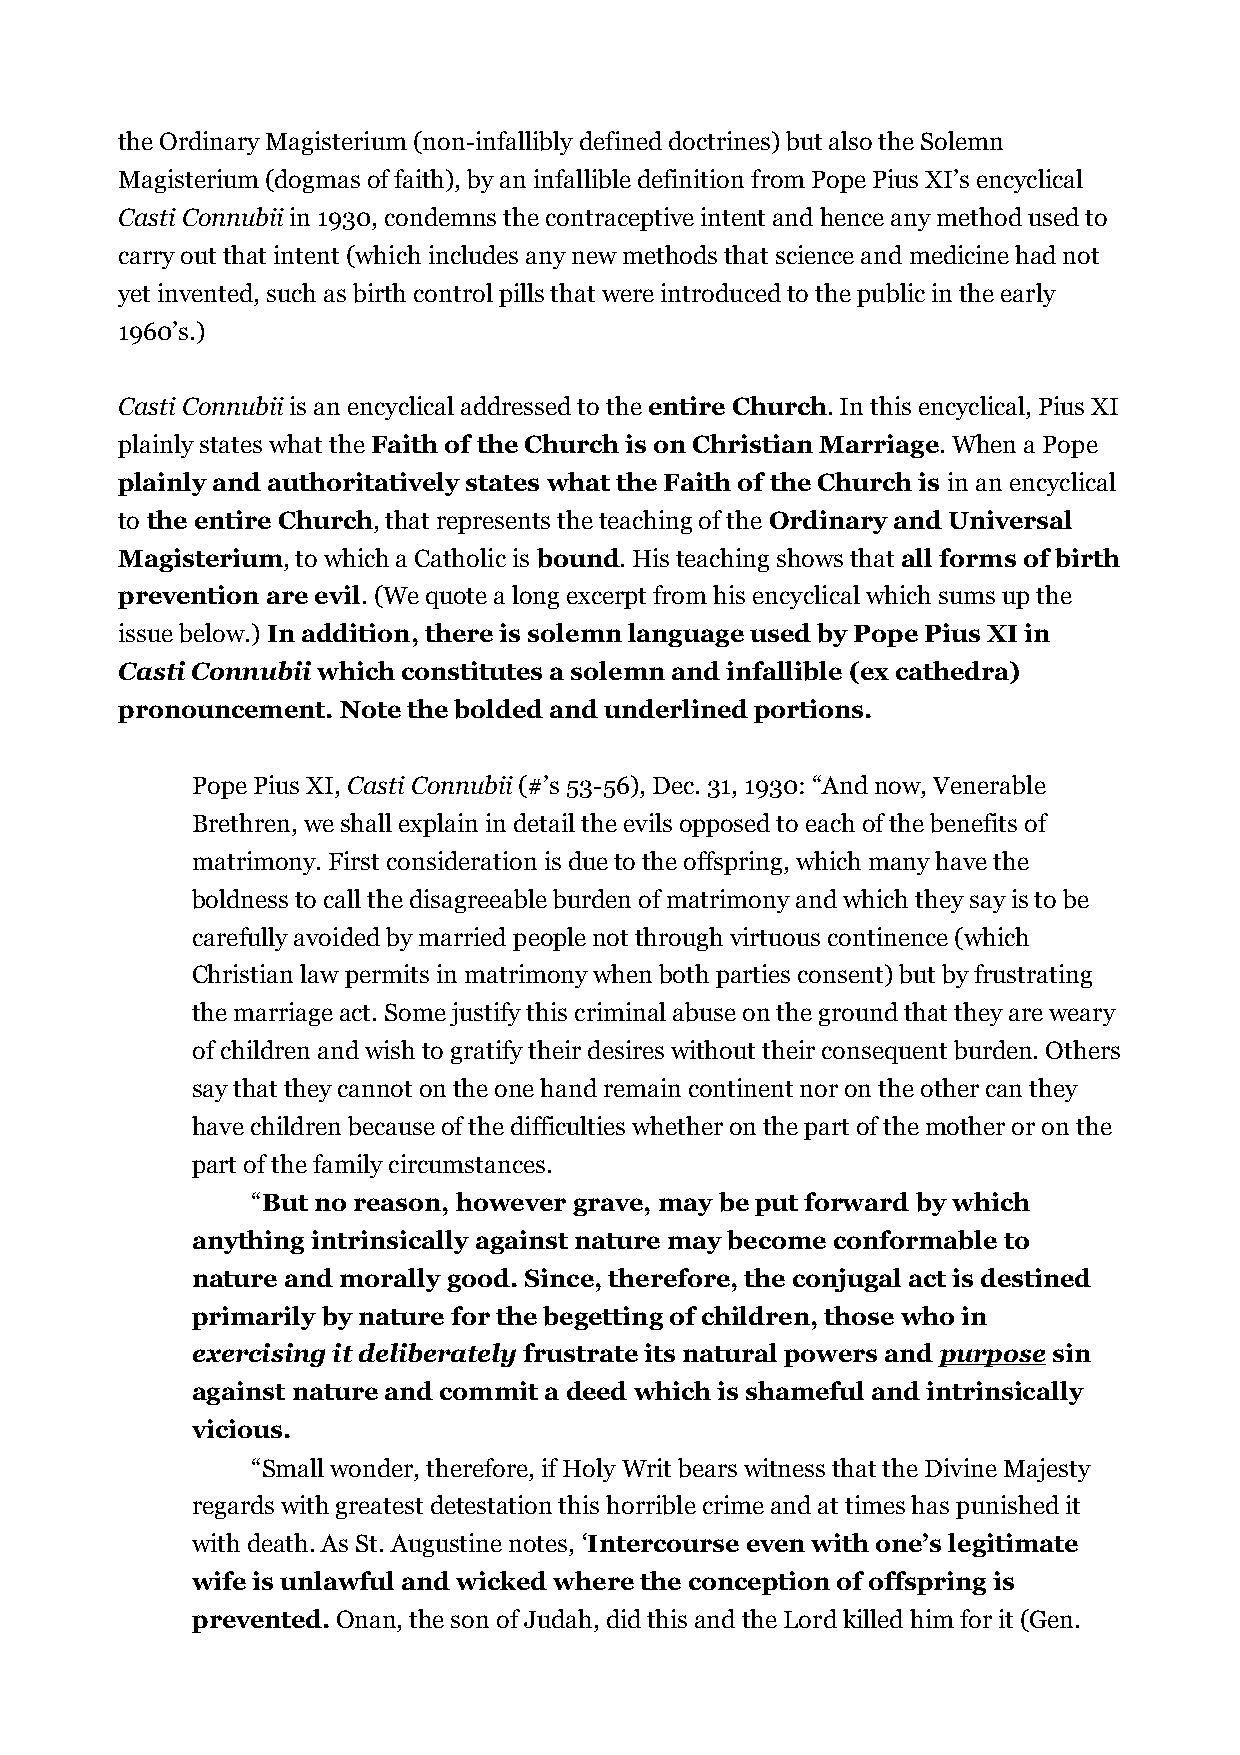
the Ordinary Magisterium (non-infallibly defined doctrines) but also the Solemn
 Magisterium (dogmas of faith), by an infallible definition from Pope Pius XI’s encyclical
 Casti Connubii in 1930, condemns the contraceptive intent and hence any method used to
 carry out that intent (which includes any new methods that science and medicine had not
 yet invented, such as birth control pills that were introduced to the public in the early
 1960’s.)
 Casti Connubii is an encyclical addressed to the entire Church. In this encyclical, Pius XI
 plainly states what the Faith of the Church is on Christian Marriage. When a Pope
 plainly and authoritatively states what the Faith of the Church is in an encyclical
 to the entire Church, that represents the teaching of the Ordinary and Universal
 Magisterium, to which a Catholic is bound. His teaching shows that all forms of birth
 prevention are evil. (We quote a long excerpt from his encyclical which sums up the
 issue below.) In addition, there is solemn language used by Pope Pius XI in
 Casti Connubii which constitutes a solemn and infallible (ex cathedra)
 pronouncement. Note the bolded and underlined portions.
 Pope Pius XI, Casti Connubii (#’s 53-56), Dec. 31, 1930: “And now, Venerable
 Brethren, we shall explain in detail the evils opposed to each of the benefits of
 matrimony. First consideration is due to the offspring, which many have the
 boldness to call the disagreeable burden of matrimony and which they say is to be
 carefully avoided by married people not through virtuous continence (which
 Christian law permits in matrimony when both parties consent) but by frustrating
 the marriage act. Some justify this criminal abuse on the ground that they are weary
 of children and wish to gratify their desires without their consequent burden. Others
 say that they cannot on the one hand remain continent nor on the other can they
 have children because of the difficulties whether on the part of the mother or on the
 part of the family circumstances.
 “But no reason, however grave, may be put forward by which
 anything intrinsically against nature may become conformable to
 nature and morally good. Since, therefore, the conjugal act is destined
 primarily by nature for the begetting of children, those who in
 exercising it deliberately frustrate its natural powers and purpose sin
 against nature and commit a deed which is shameful and intrinsically
 vicious.
 “Small wonder, therefore, if Holy Writ bears witness that the Divine Majesty
 regards with greatest detestation this horrible crime and at times has punished it
 with death. As St. Augustine notes, ‘Intercourse even with one’s legitimate
 wife is unlawful and wicked where the conception of offspring is
 prevented. Onan, the son of Judah, did this and the Lord killed him for it (Gen.